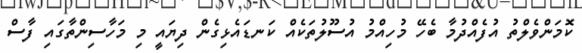
ކޮމަންވެލްތު އުފެއްދުމާ ބެހޭ މުހިއްމު އުސޫލުތަކެއް ކަނޑައެޅިގެން ދިޔައީ މި މަހާސިންތާގައި ފާސް